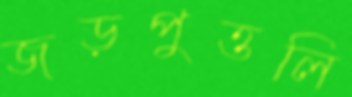
জড়পুত্তলি